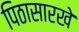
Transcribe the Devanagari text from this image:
पिठासारखे